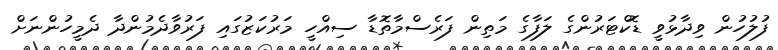
ފުލުހުން ވިދާޅުވީ ޑޮކްޓަރުންގެ ލަފާގެ މަތިން ފަރެސްމާތޮޑާ ސިއްހީ މަރުކަޒުގައި ފަރުވާދެމުންދާ ދެމީހުންނަށް